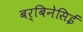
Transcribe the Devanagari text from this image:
बर्बिनेसिई